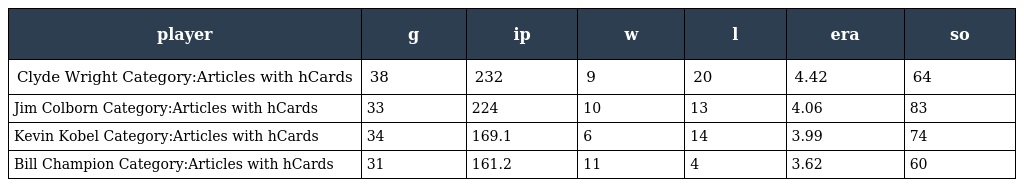
| player | g | ip | w | l | era | so |
 | --- | --- | --- | --- | --- | --- | --- |
 | Clyde Wright Category:Articles with hCards | 38 | 232 | 9 | 20 | 4.42 | 64 |
 | Jim Colborn Category:Articles with hCards | 33 | 224 | 10 | 13 | 4.06 | 83 |
 | Kevin Kobel Category:Articles with hCards | 34 | 169.1 | 6 | 14 | 3.99 | 74 |
 | Bill Champion Category:Articles with hCards | 31 | 161.2 | 11 | 4 | 3.62 | 60 |